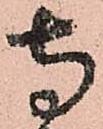
寺